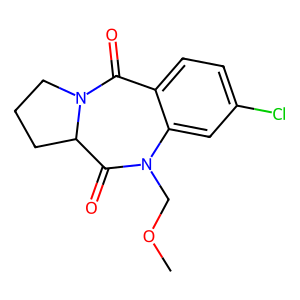
SMILES: COCN1C(=O)C2CCCN2C(=O)c2ccc(Cl)cc21
Inhibits HIV replication: No